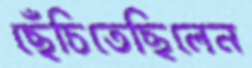
ছেঁচিতেছিলেন